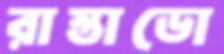
রাস্তাডো